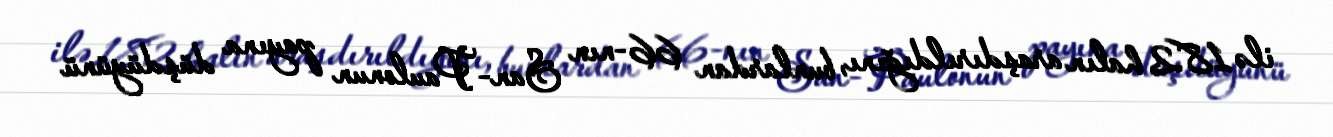
ilə 182 halın araşdırıldığını, bunlardan 66-nın San-Paulonun payına düşdüyünü